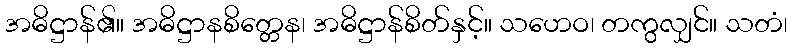
အဓိဋ္ဌာန်၏။ အဓိဋ္ဌာနစိတ္တေန၊ အဓိဋ္ဌာန်စိတ်နှင့်။ သဟေဝ၊ တကွလျှင်။ သတံ၊